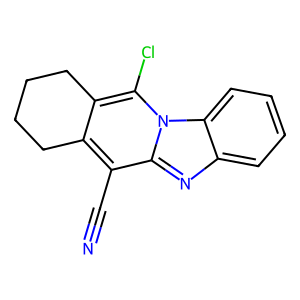
SMILES: N#Cc1c2c(c(Cl)n3c1nc1ccccc13)CCCC2
Inhibits HIV replication: No